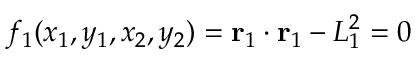
f _ { 1 } ( x _ { 1 } , y _ { 1 } , x _ { 2 } , y _ { 2 } ) = \mathbf { r } _ { 1 } \cdot \mathbf { r } _ { 1 } - L _ { 1 } ^ { 2 } = 0